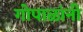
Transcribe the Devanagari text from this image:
गोपाळांनी